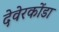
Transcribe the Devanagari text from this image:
देवेरकोंडा